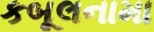
કબૂલનામા